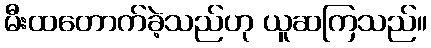
မီးထတောက်ခဲ့သည်ဟု ယူဆကြသည်။